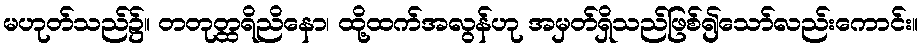
မဟုတ်သည်၌။ တတုတ္ထရိညိနော၊ ထို့ထက်အလွန်ဟု အမှတ်ရှိသည်ဖြစ်၍သော်လည်းကောင်း။